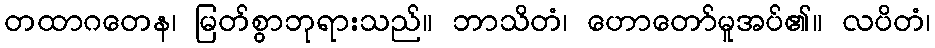
တထာဂတေန၊ မြတ်စွာဘုရားသည်။ ဘာသိတံ၊ ဟောတော်မူအပ်၏။ လပိတံ၊